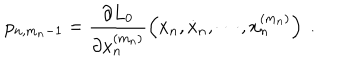
LaTeX: p _ { n , m _ { n } - 1 } = \frac { \partial L _ { 0 } } { \partial x _ { n } ^ { ( m _ { n } ) } } \left( x _ { n } , \dot { x } _ { n } , \cdots , x _ { n } ^ { ( m _ { n } ) } \right) \ .